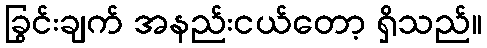
ခြွင်းချက် အနည်းငယ်တော့ ရှိသည်။